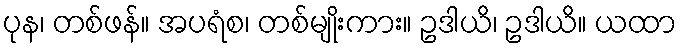
ပုန၊ တစ်ဖန်။ အပရံစ၊ တစ်မျိုးကား။ ဥဒါယိ၊ ဥဒါယိ။ ယထာ